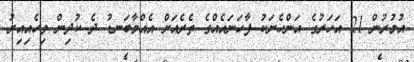
އުމުރުން 21 އަހަރުގެ އަންހެނަކު ފާހަނައެއްގެ ތެރެއަށް އެއްމާބަނޑު ދެ ކުދިން ވިހެއިއިރު